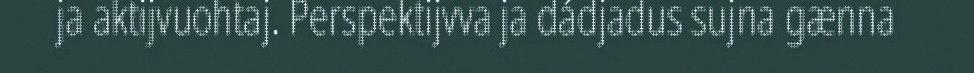
ja aktijvuohtaj. Perspektijvva ja dádjadus sujna gænna